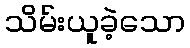
သိမ်းယူခဲ့သော